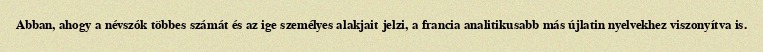
Abban, ahogy a névszók többes számát és az ige személyes alakjait jelzi, a francia analitikusabb más újlatin nyelvekhez viszonyítva is.